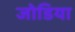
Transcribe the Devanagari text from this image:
जोडिया